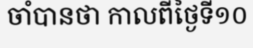
ចាំបានថា កាលពីថ្ងៃទី១០